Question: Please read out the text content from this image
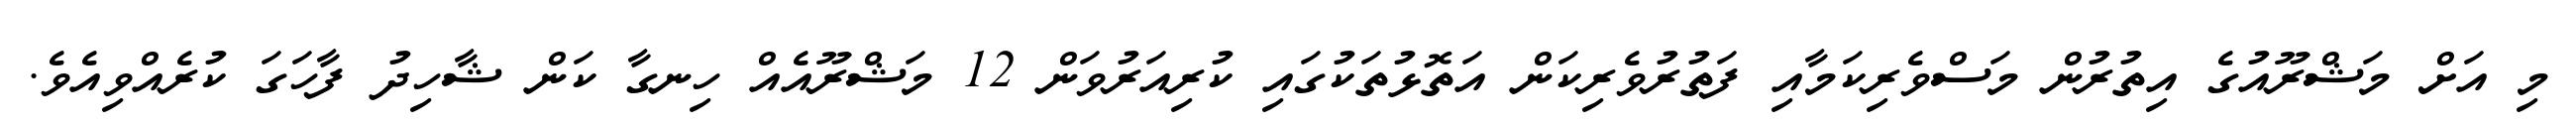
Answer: މި އަށް މަޝްރޫއުގެ އިތުރުން މަސްވެރިކަމާއި ފަތުރުވެރިކަން އަތޮޅުތަކުގައި ކުރިއަރުވަން 12 މަޝްރޫއެއް ހިނގާ ކަން ޝާހިދު ފާހަގަ ކުރެއްވިއެވެ.